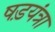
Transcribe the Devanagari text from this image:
षड़यंत्रा